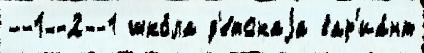
--1--2--1 шко́ла д'е́тскаjа вар'иа́нт